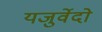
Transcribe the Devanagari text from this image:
यजुर्वेदो